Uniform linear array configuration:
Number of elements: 24
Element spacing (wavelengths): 0.5
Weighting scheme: binomial
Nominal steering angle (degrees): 45
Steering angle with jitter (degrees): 45.098
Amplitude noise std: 0.05
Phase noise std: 0.05

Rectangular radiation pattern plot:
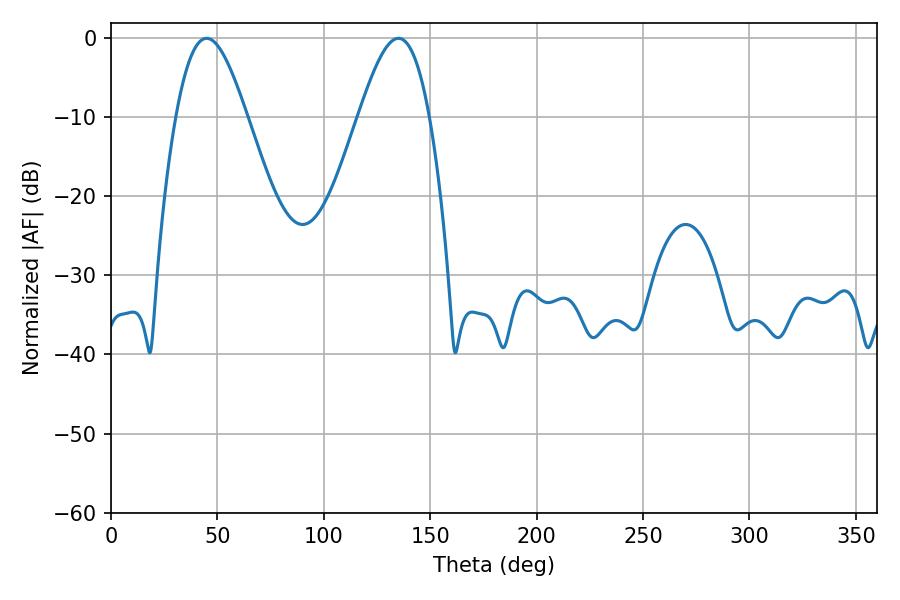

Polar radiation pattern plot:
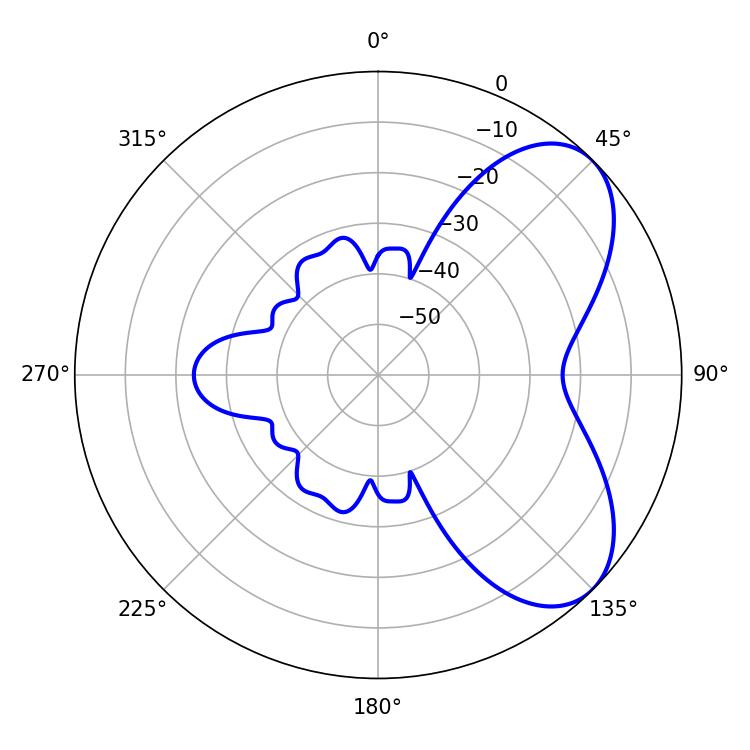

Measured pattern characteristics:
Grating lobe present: FALSE
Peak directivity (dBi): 6.095
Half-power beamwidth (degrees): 17.82
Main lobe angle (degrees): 45